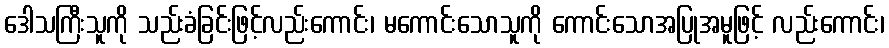
ဒေါသကြီးသူကို သည်းခံခြင်းဖြင့်လည်းကောင်း၊ မကောင်းသောသူကို ကောင်းသောအပြုအမူဖြင့် လည်းကောင်း၊